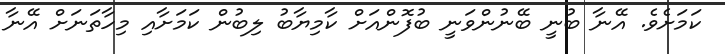
ކަމަށެވެ. އޭނާ ބުނީ ބޭނުންވަނީ ބުފޮންއަށް ކާމިޔާބު ލިބުން ކަމަށާއި މިހާތަނަށް އޭނާ